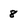
Character: 8